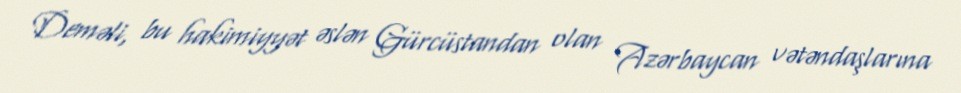
Deməli, bu hakimiyyət əslən Gürcüstandan olan Azərbaycan vətəndaşlarına